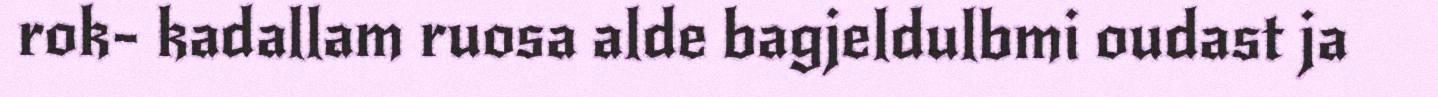
rok- kadallam ruosa alde bagjeldulbmi oudast ja